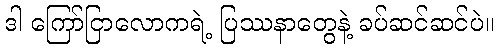
ဒါ ကြော်ငြာလောကရဲ့ ပြဿနာတွေနဲ့ ခပ်ဆင်ဆင်ပဲ။